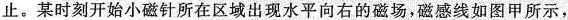
止。某时刻开始小磁针所在区域出现水平向右的磁场，磁感线如图甲所示，